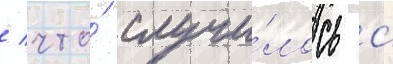
/ что́ случи́лось с